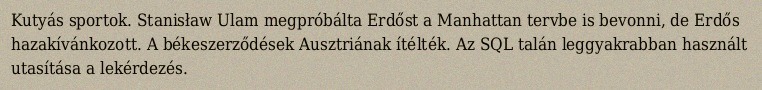
Kutyás sportok. Stanisław Ulam megpróbálta Erdőst a Manhattan tervbe is bevonni, de Erdős hazakívánkozott. A békeszerződések Ausztriának ítélték. Az SQL talán leggyakrabban használt utasítása a lekérdezés.